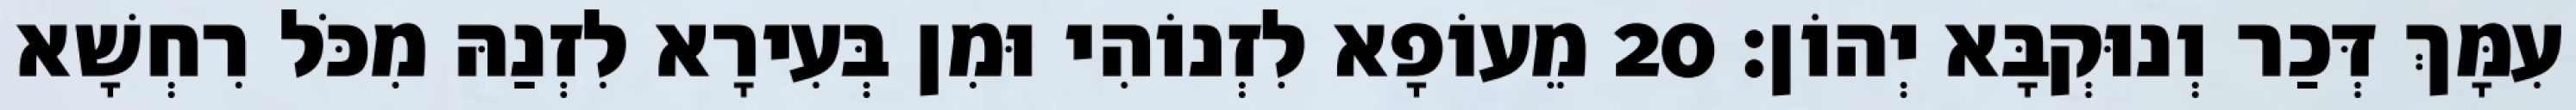
עִמָּךְ דְּכַר וְנוּקְבָּא יְהוֹן׃ 20 מֵעוֹפָא לִזְנוֹהִי וּמִן בְּעִירָא לִזְנַהּ מִכֹּל רִחְשָׁא